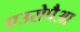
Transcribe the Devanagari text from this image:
एउरोपैआ